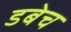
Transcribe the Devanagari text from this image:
डबेच